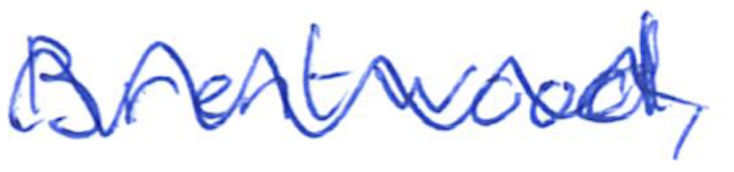
Text: Brentwood,
Cross-out: wave
Writing tool: ballpoint